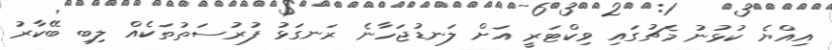
އިއްޔެ ކުޅުނު މެޗުގައި ވިކްޓަރީ އަށް ލަނޑުޖަހާނެ ރަނގަޅު ފުރުސަތުތަކެއް ލިބި ބޭކާރު